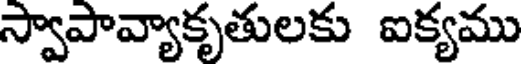
స్వాపావ్యాకృతులకు ఐక్యము